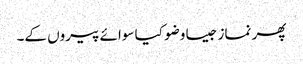
پھر نماز جیسا وضو کیا سوائے پیروں کے۔